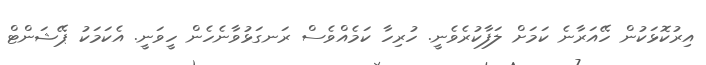
އިރުކޮޅަކުން ހޭއަރާނެ ކަމަށް ލަފާކުރެވެނީ. ހުރިހާ ކަމެއްވެސް ރަނގަޅުވާނެހެން ހީވަނީ. އެކަމަކު ޕޭޝަންޓް